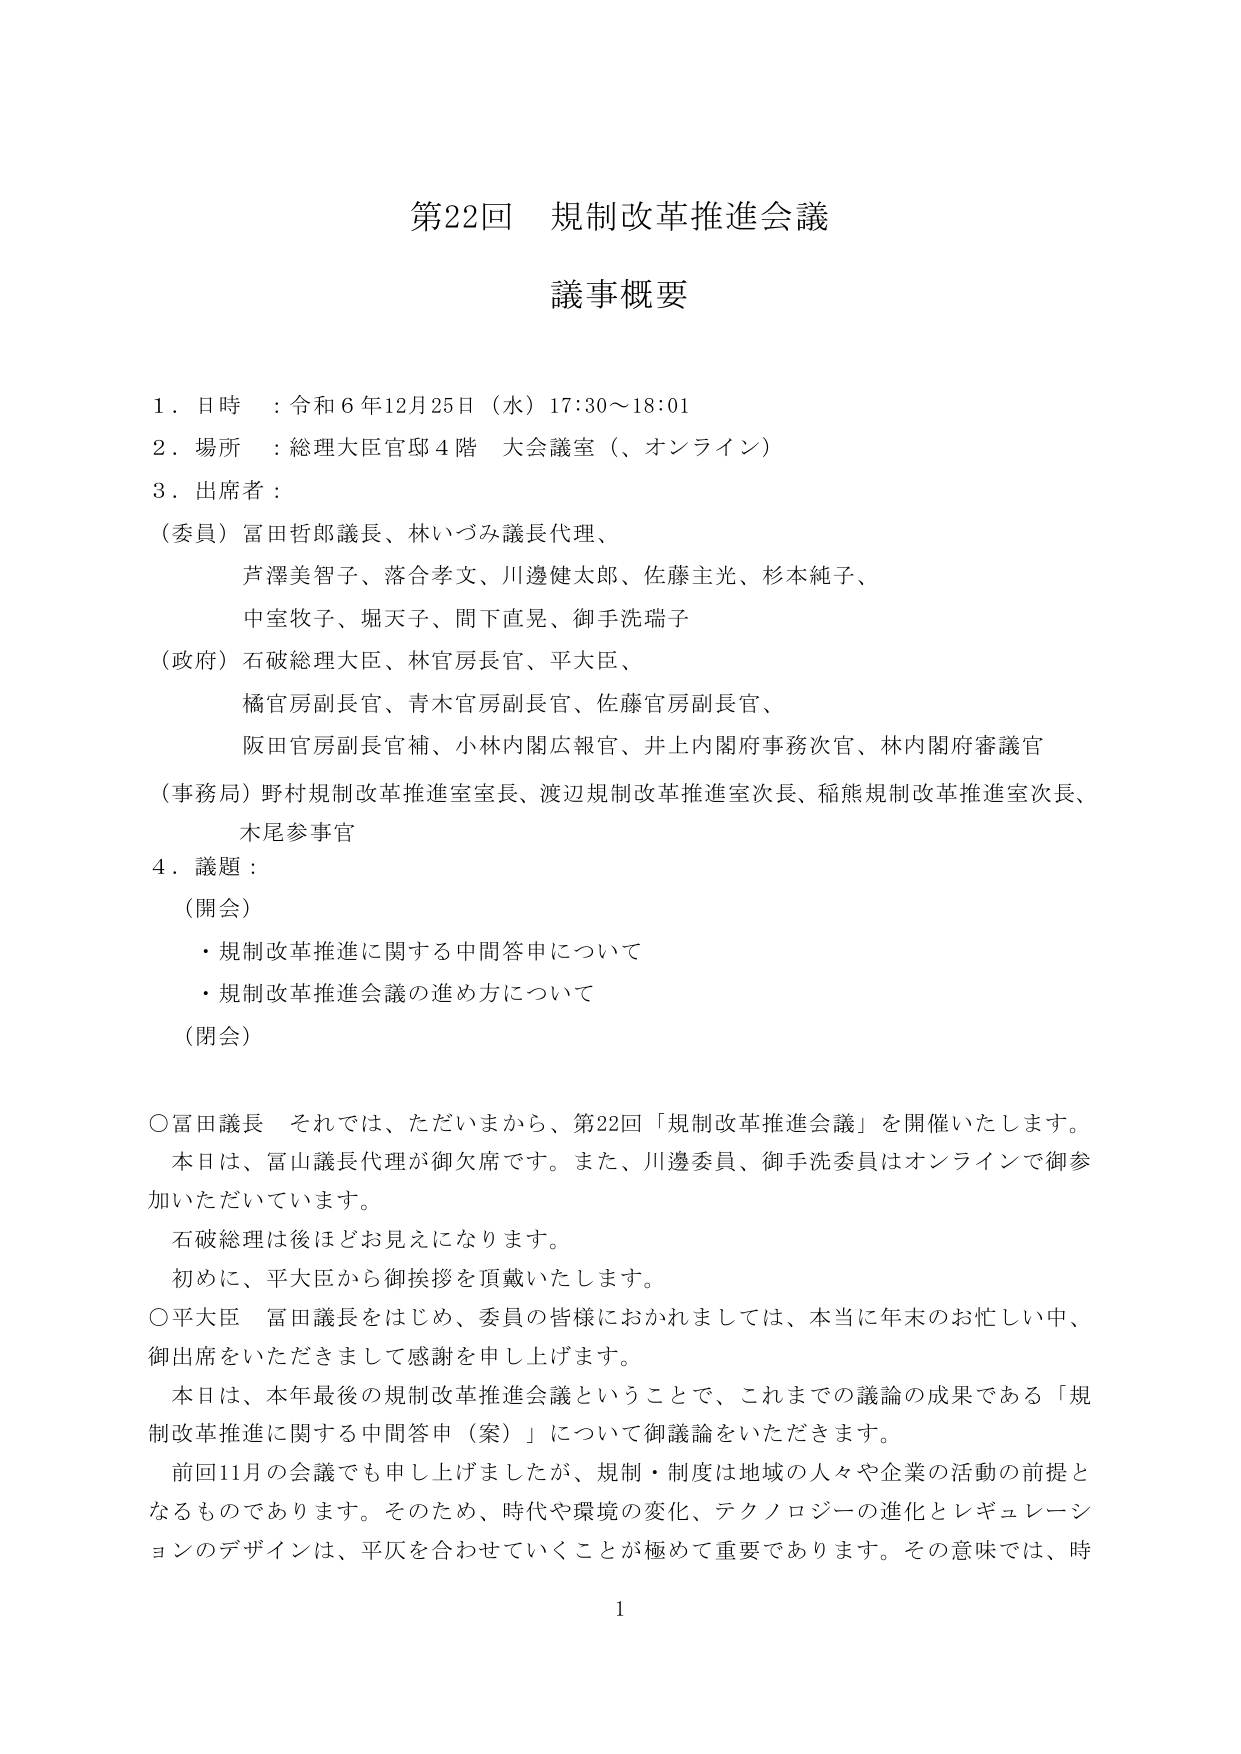
第22回 規制改革推進会議
議事概要

1．日時：令和6年12月25日（水）17:30～18:01
2．場所：総理大臣官邸4階 大会議室（、オンライン）
3．出席者：
（委員）冨田哲郎議長、林いづみ議長代理、
　　芦澤美智子、落合孝文、川邊健太郎、佐藤主光、杉本純子、
　　中室牧子、堀天子、間下直晃、御手洗瑞子
（政府）石破総理大臣、林官房長官、平大臣、
　　橘官房副長官、青木官房副長官、佐藤官房副長官、
　　阪田官房副長官補、小林内閣広報官、井上内閣府事務次官、林内閣府審議官
（事務局）野村規制改革推進室室長、渡辺規制改革推進室次長、稲熊規制改革推進室次長、
　　木尾参事官
4．議題：
（開会）
　・規制改革推進に関する中間答申について
　・規制改革推進会議の進め方について
（閉会）

○冨田議長　それでは、ただいまから、第22回「規制改革推進会議」を開催いたします。
　本日は、冨山議長代理が御欠席です。また、川邊委員、御手洗委員はオンラインで御参加いただいています。
　石破総理は後ほどお見えになります。
　初めに、平大臣から御挨拶を頂戴いたします。
○平大臣　冨田議長をはじめ、委員の皆様におかれましては、本当に年末のお忙しい中、
　御出席をいただきまして感謝を申し上げます。
　本日は、本年最後の規制改革推進会議ということで、これまでの議論の成果である「規制改革推進に関する中間答申（案）」について御議論をいただきます。
　前回11月の会議でも申し上げましたが、規制・制度は地域の人々や企業の活動の前提となるものであります。そのため、時代や環境の変化、テクノロジーの進化とレギュレーションのデザインは、平仄を合わせていくことが極めて重要であります。その意味では、時

1